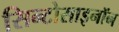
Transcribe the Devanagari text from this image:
सिन्टोसाइनॉन